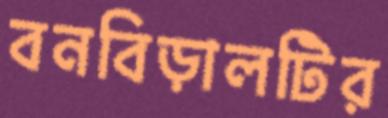
বনবিড়ালটির